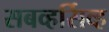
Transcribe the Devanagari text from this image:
सबव्हर्सिव्ह